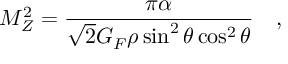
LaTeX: M _ { Z } ^ { 2 } = \frac { \pi \alpha } { \sqrt { 2 } G _ { F } \rho \sin ^ { 2 } \theta \cos ^ { 2 } \theta } { } ~ ~ ~ ,